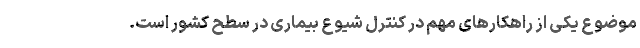
موضوع یکی از راهکارهای مهم در کنترل شیوع بیماری در سطح کشور است.